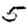
Digit: 5